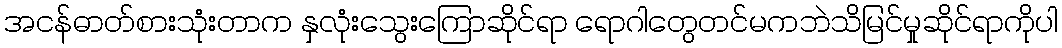
အငန်ဓာတ်စားသုံးတာက နှလုံးသွေးကြောဆိုင်ရာ ရောဂါတွေတင်မကဘဲသိမြင်မှုဆိုင်ရာကိုပါ